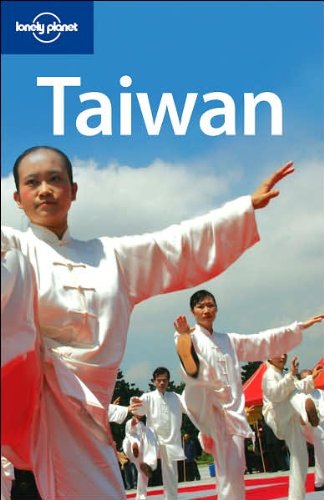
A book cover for Lonely Planet Taiwan (Country Guide); Robert Kelly; Travel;